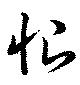
恨